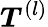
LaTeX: {\boldsymbol{T}}^{(l)}